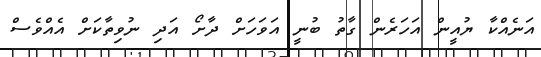
އަނެއްކާ ޔުއީން އަހަރެން ގާތު ބުނީ އަވަހަށް ދާށޯ އަދި ނުވިތާކަށް އެއްވެސް